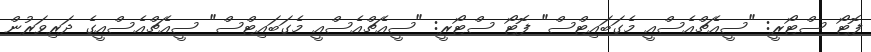
ފޮޓޯ ސްޓޯރީ: "ސީއެޗްއެސްއީ މެގަބައިޓްސް" ފޮޓޯ ސްޓޯރީ: "ސީއެޗްއެސްއީ މެގަބައިޓްސް" ސީއެޗްއެސްއީގެ ދަރިވަރުން